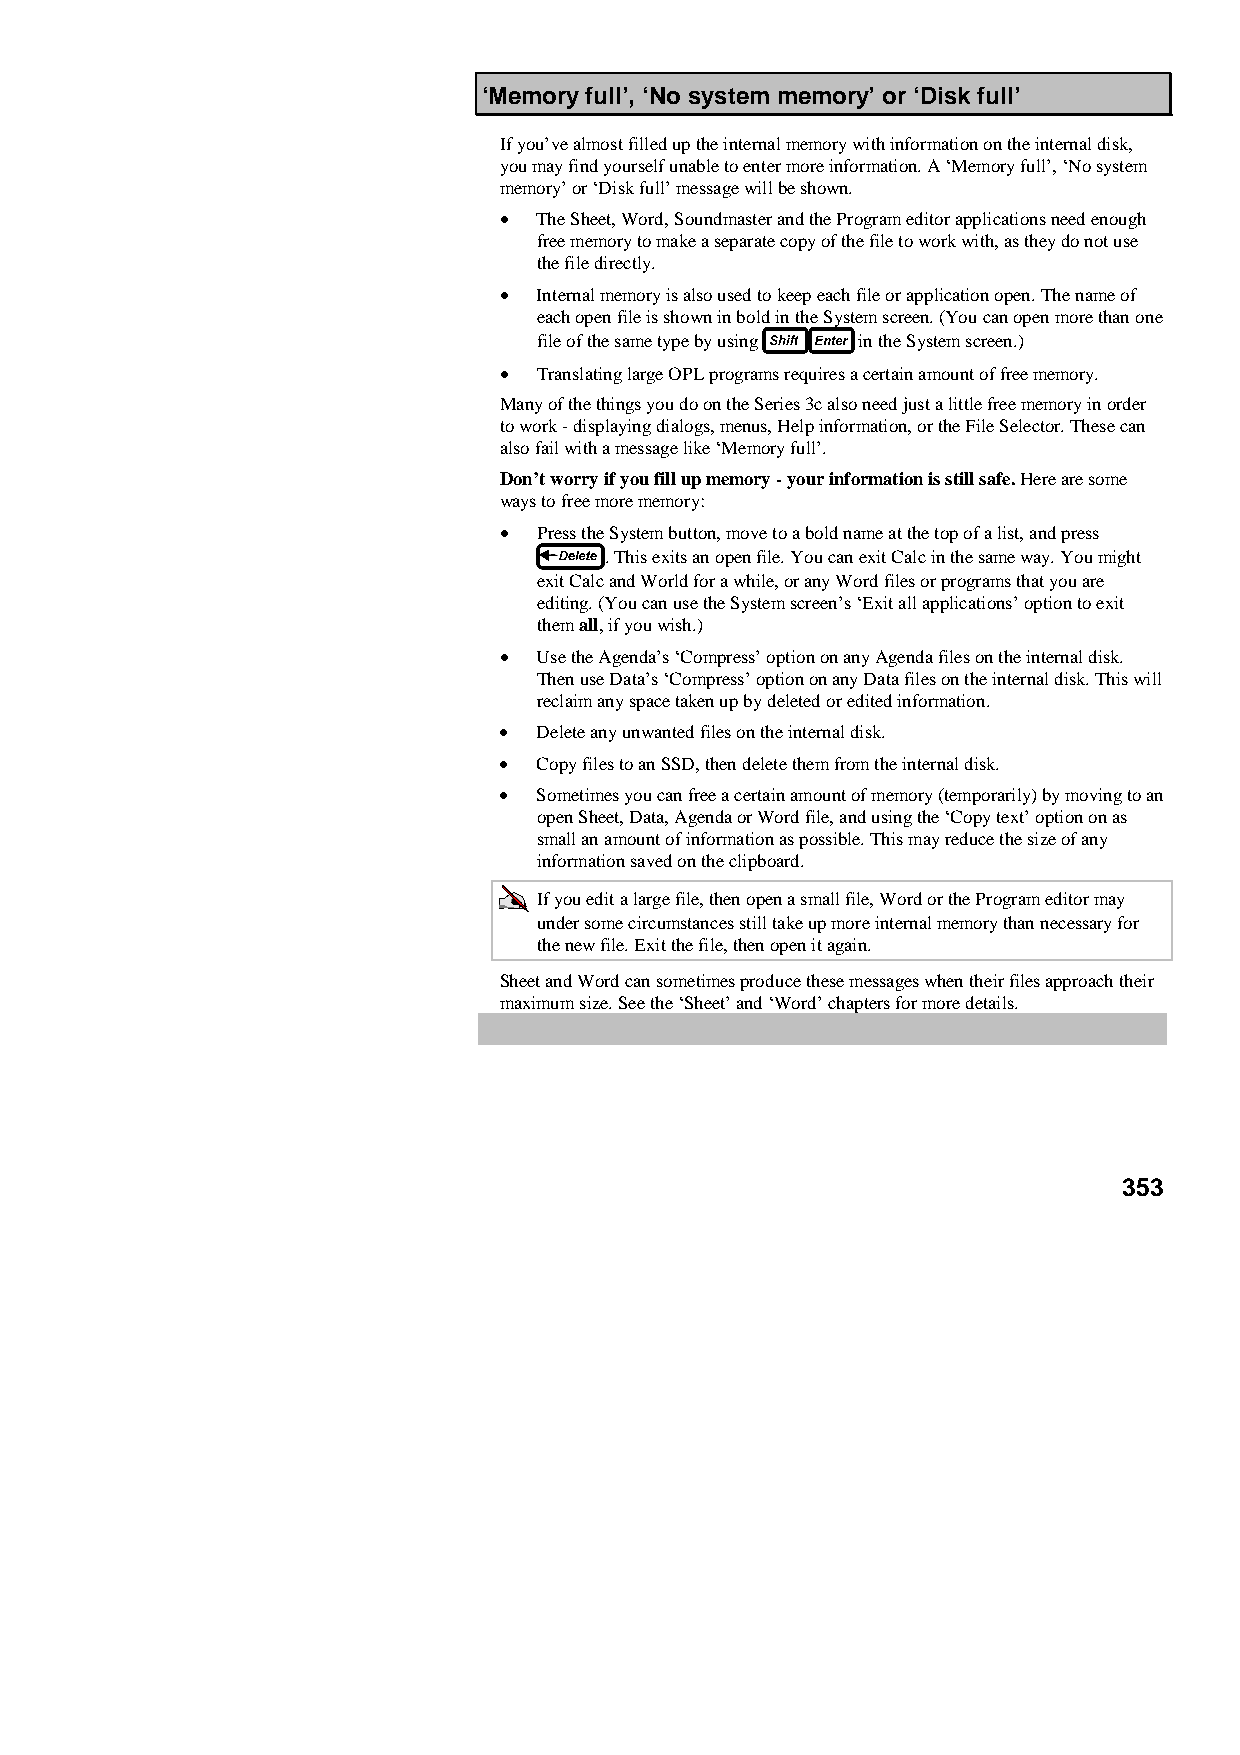
‘Memory full’, ‘No system memory’ or ‘Disk full’
 If you’ve almost filled up the internal memory with information on the internal disk,
 you may find yourself unable to enter more information. A ‘Memory full’, ‘No system
 memory’ or ‘Disk full’ message will be shown.
 •  The Sheet, Word, Soundmaster and the Program editor applications need enough
 free memory to make a separate copy of the file to work with, as they do not use
 the file directly.
 •  Internal memory is also used to keep each file or application open. The name of
 each open file is shown in bold in the System screen. (You can open more than one
 file of the same type by using in the System screen.)
 •  Translating large OPL programs requires a certain amount of free memory.
 Many of the things you do on the Series 3c also need just a little free memory in order
 to work - displaying dialogs, menus, Help information, or the File Selector. These can
 also fail with a message like ‘Memory full’.
 Don’t worry if you fill up memory - your information is still safe. Here are some
 ways to free more memory:
 •  Press the System button, move to a bold name at the top of a list, and press
 . This exits an open file. You can exit Calc in the same way. You might
 exit Calc and World for a while, or any Word files or programs that you are
 editing. (You can use the System screen’s ‘Exit all applications’ option to exit
 them all, if you wish.)
 •  Use the Agenda’s ‘Compress’ option on any Agenda files on the internal disk.
 Then use Data’s ‘Compress’ option on any Data files on the internal disk. This will
 reclaim any space taken up by deleted or edited information.
 •  Delete any unwanted files on the internal disk.
 •  Copy files to an SSD, then delete them from the internal disk.
 •  Sometimes you can free a certain amount of memory (temporarily) by moving to an
 open Sheet, Data, Agenda or Word file, and using the ‘Copy text’ option on as
 small an amount of information as possible. This may reduce the size of any
 information saved on the clipboard.
 If you edit a large file, then open a small file, Word or the Program editor may
 under some circumstances still take up more internal memory than necessary for
 the new file. Exit the file, then open it again.
 Sheet and Word can sometimes produce these messages when their files approach their
 maximum size. See the ‘Sheet’ and ‘Word’ chapters for more details.
 353